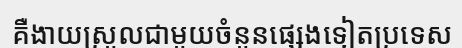
គឺងាយស្រួលជាមួយចំនួនផ្សេងទៀតប្រទេស